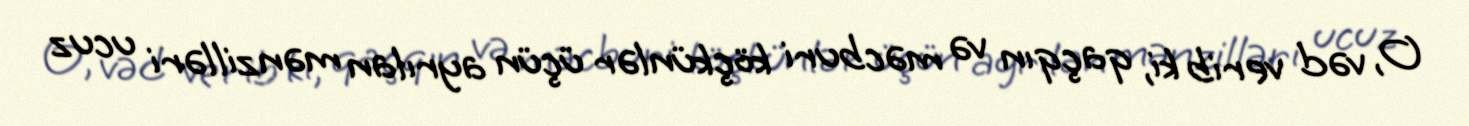
O, vəd verib ki, qaçqın və məcburi köçkünlər üçün ayrılan mənzilləri ucuz